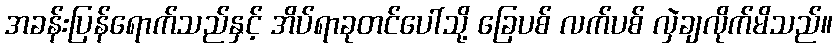
အခန်းပြန်ရောက်သည်နှင့် အိပ်ရာခုတင်ပေါ်သို့ ခြေပစ် လက်ပစ် လှဲချလိုက်မိသည်။